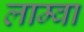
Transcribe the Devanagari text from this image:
लाम्वा